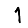
Digit: 1